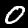
Label: 0